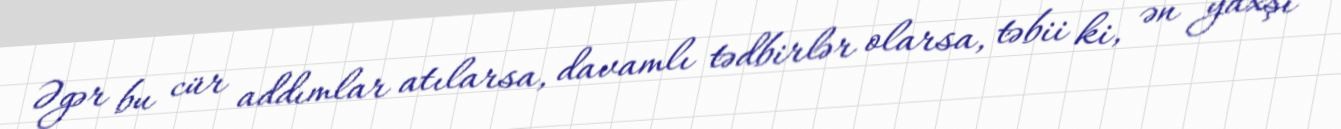
Əgər bu cür addımlar atılarsa, davamlı tədbirlər olarsa, təbii ki, ən yaxşı